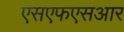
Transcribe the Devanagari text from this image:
एसएफएसआर